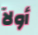
أولآ